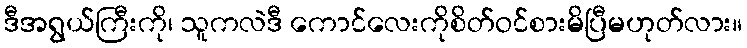
ဒီအရွယ်ကြီးကို၊ သူကလဲဒီ ကောင်လေးကိုစိတ်ဝင်စားမိပြီမဟုတ်လား။